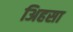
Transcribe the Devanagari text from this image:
अिहसा